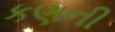
કણની